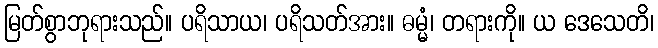
မြတ်စွာဘုရားသည်။ ပရိသာယ၊ ပရိသတ်အား။ ဓမ္မံ၊ တရားကို။ ယ ဒေသေတိ၊